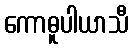
ကောဓူပါယာသီ